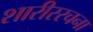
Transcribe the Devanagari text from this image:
शारीररचना